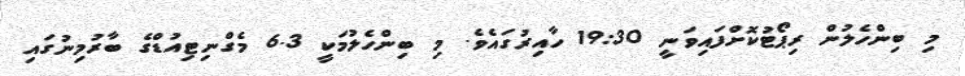
މި ބިންހެލުން ރިޕޯޓުކޮށްފައިވަނީ 19:30 ހާއިރުގައެވެ. މި ބިންހެލުމަކީ 6.3 މެގްނިޓިއުޑްގެ ބާރުމިނުގައި